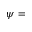
\psi =